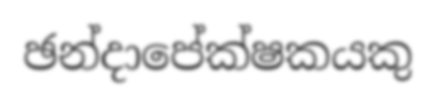
ඡන්දාපේක්ෂකයකු